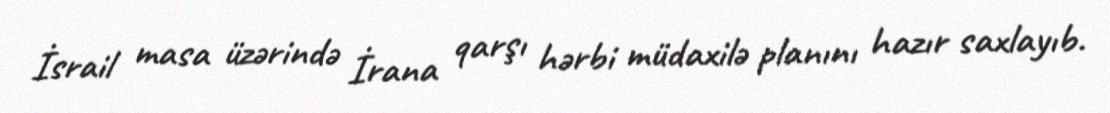
İsrail masa üzərində İrana qarşı hərbi müdaxilə planını hazır saxlayıb.